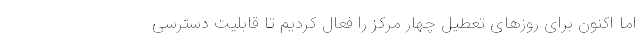
اما اکنون برای روزهای تعطیل چهار مرکز را فعال کردیم تا قابلیت دسترسی